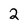
Character: 2